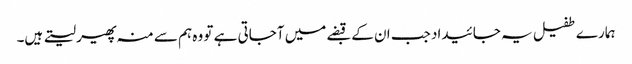
ہمارے طفیل یہ جائیداد جب ان کے قبضے میں آجاتی ہے تو وہ ہم سے منہ پھیر لیتے ہیں۔